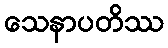
သေနာပတိဿ